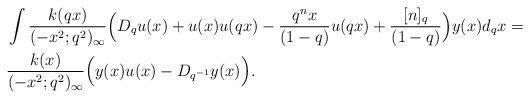
LaTeX: \begin{align*}& \int \frac{k(qx)}{( -x^2;q^2)_\infty} \Big( D_q u(x)+ u(x) u(qx)-\frac{q^n x}{(1-q)}u(qx)+\frac{[n]_q}{(1-q)}\Big)y(x) d_qx =\\& \frac{k(x)}{( -x^2;q^2)_\infty}\Big ( y(x)u(x) - D_{q^{-1}}y(x)\Big).\end{align*}